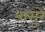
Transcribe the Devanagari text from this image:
पासुरे